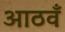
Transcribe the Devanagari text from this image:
आठवँ